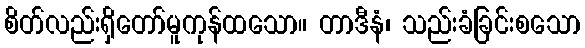
စိတ်လည်းရှိတော်မူကုန်ထသော။ တာဒီနံ၊ သည်းခံခြင်းစသော